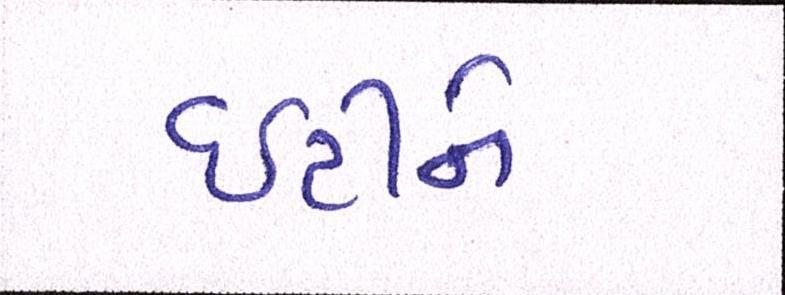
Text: ઇટીને